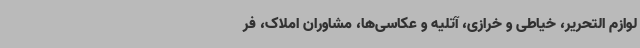
لوازم التحریر، خیاطی و خرازی، آتلیه و عکاسی‌ها، مشاوران املاک، فر